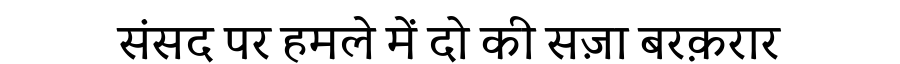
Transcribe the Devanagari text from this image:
संसद पर हमले में दो की सज़ा बरक़रार